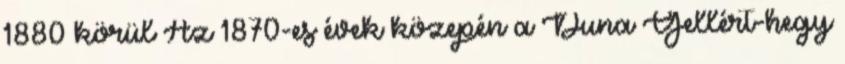
1880 körül Az 1870-es évek közepén a Duna Gellért-hegy